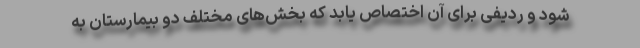
شود و ردیفی برای آن اختصاص یابد که بخش‌های مختلف دو بیمارستان به